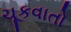
ચૂકવાતો